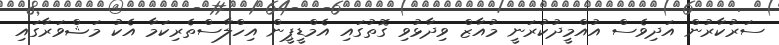
ސަރުކާރުން އަދިވެސް އުއްމީދުކުރަނީ މުއާޒް ވިދާޅުވި ގޮތުގައި އެމްޑީޕީން އިހްލާސްތެރިކަމާ އެކު މަޝްވަރާގައި